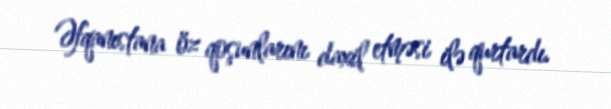
Əfqanıstana öz qoşunlarını daxil etməsi ilə qurtardı.